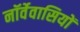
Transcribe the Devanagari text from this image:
नॉर्वेवासियों